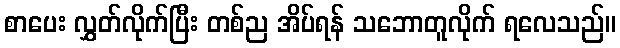
စာပေး လွှတ်လိုက်ပြီး တစ်ည အိပ်ရန် သဘောတူလိုက် ရလေသည်။